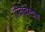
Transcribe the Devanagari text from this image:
पितांबरदास